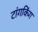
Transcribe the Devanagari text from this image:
टांगकिंग